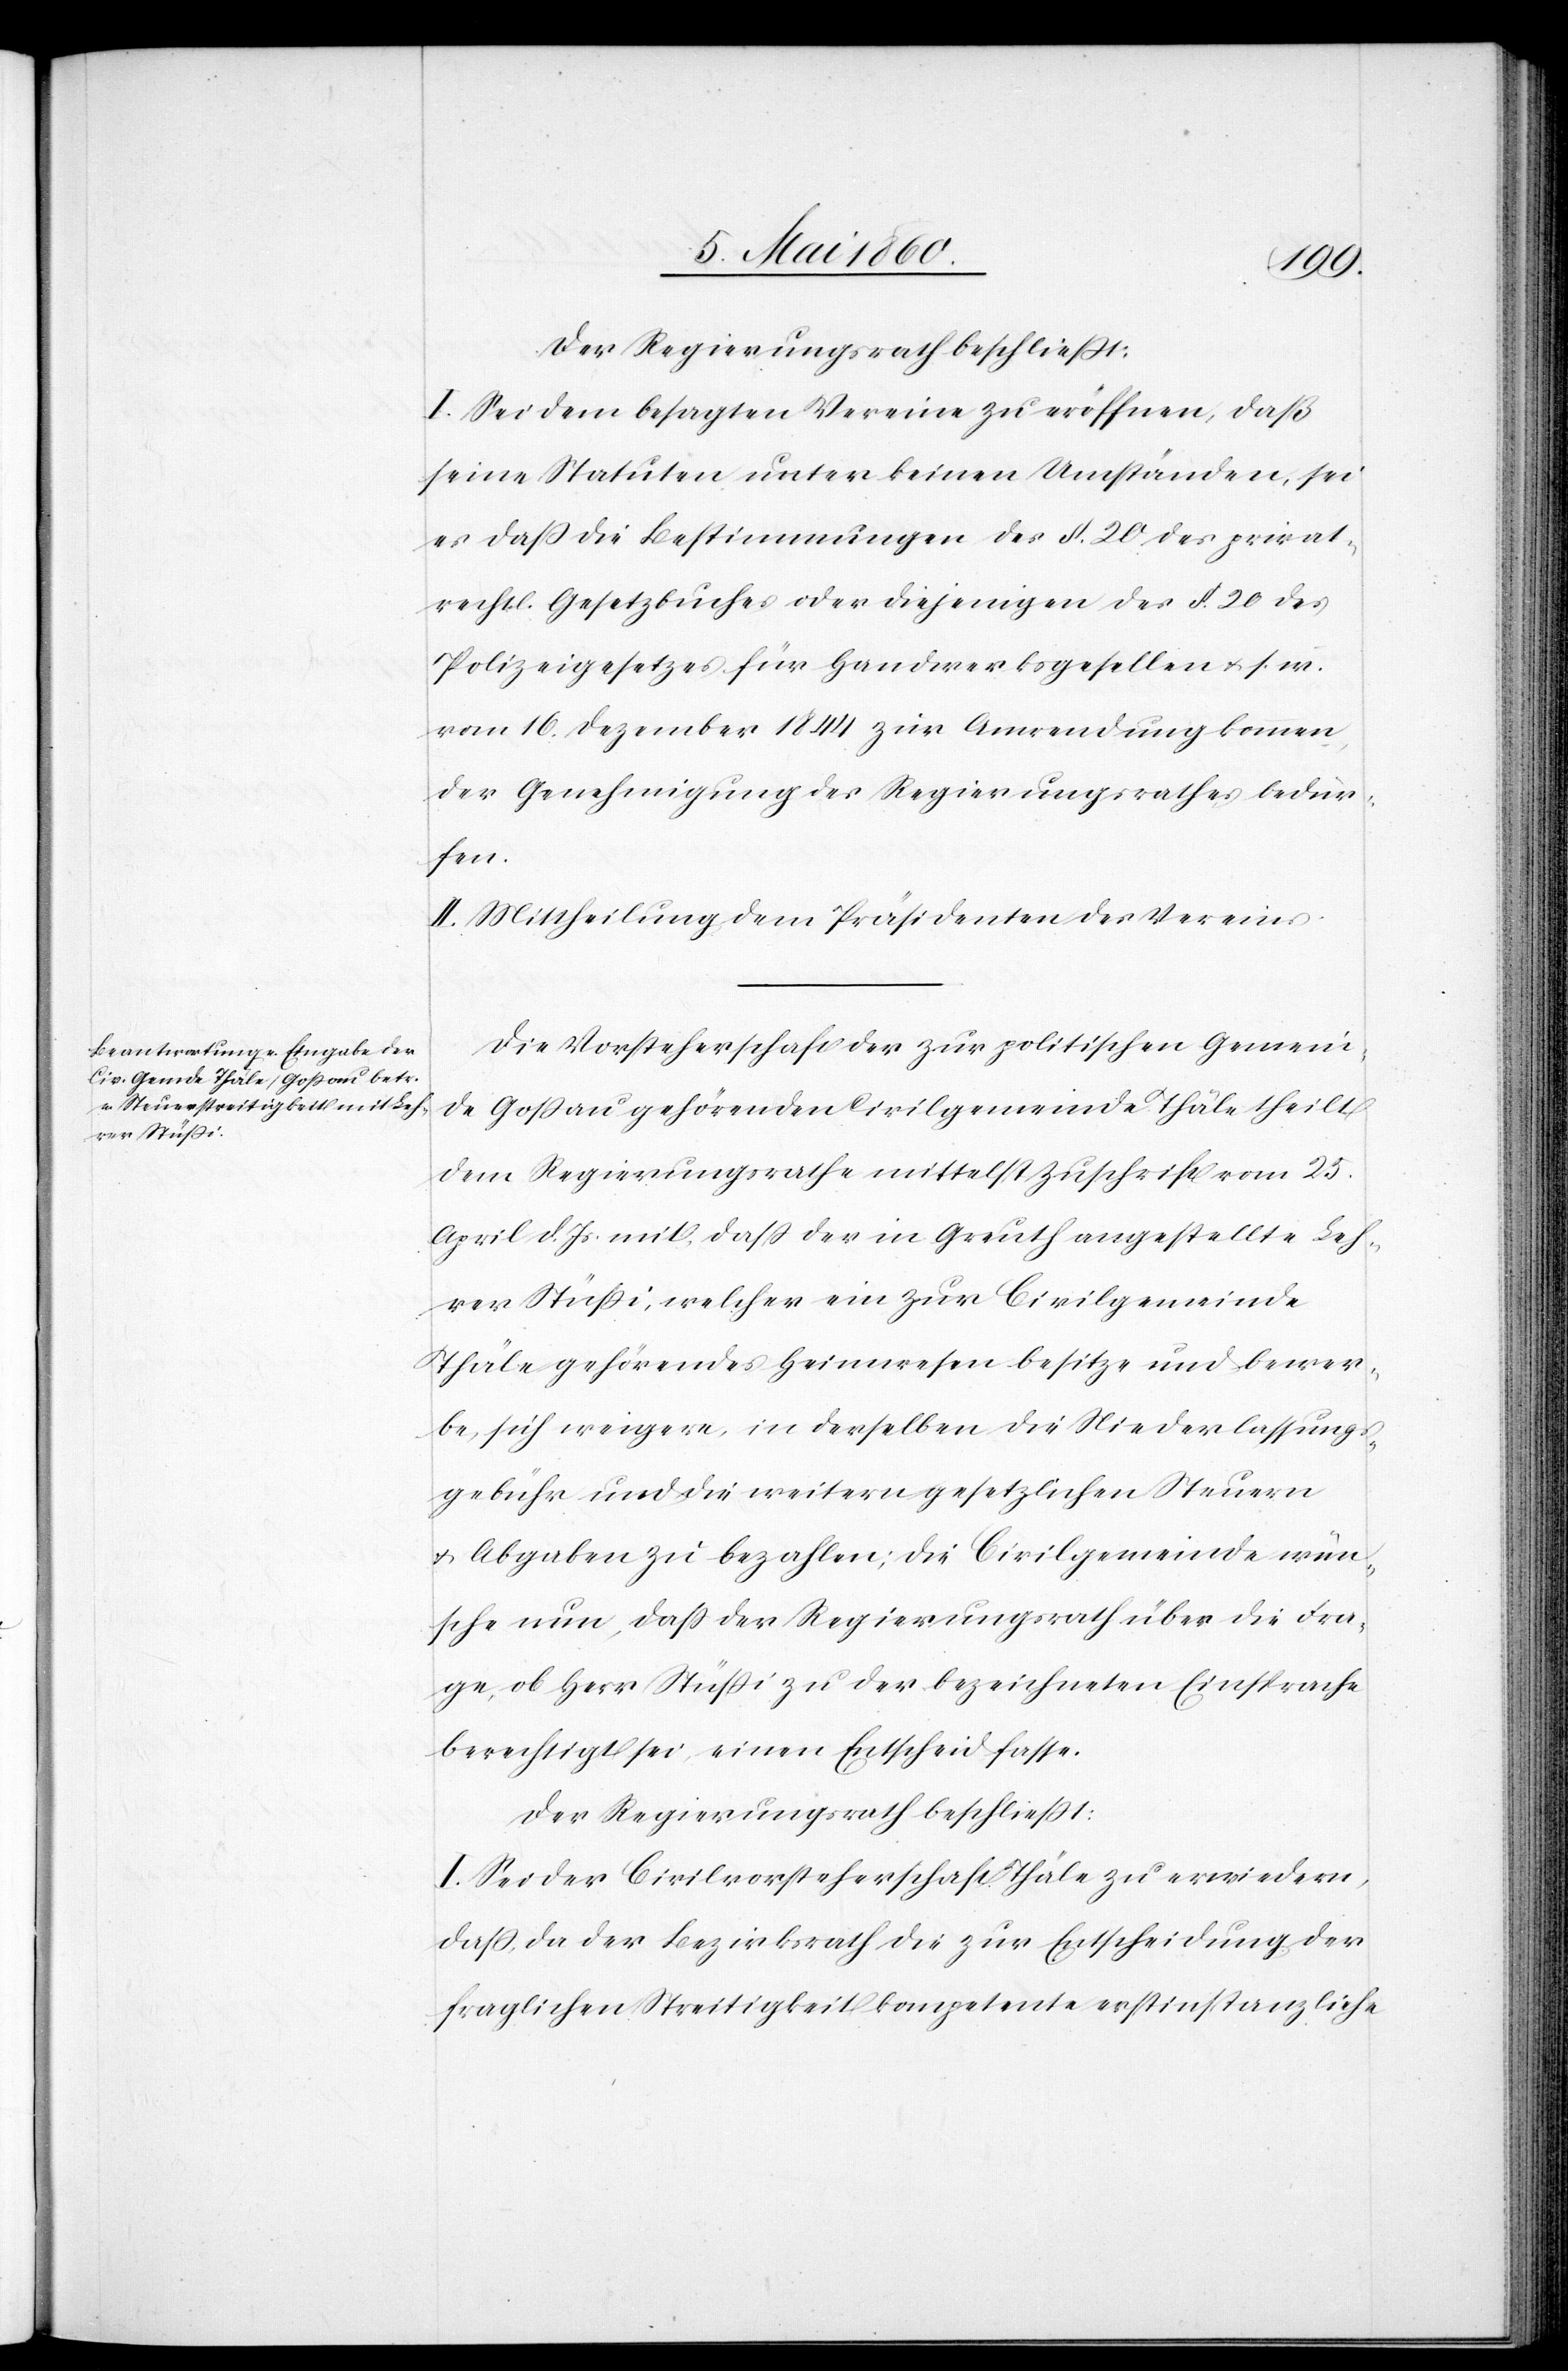
Der Regierungsrath beschliesst:
I. Sei dem besagten Verein zu eröffnen, dass
seine Statuten unter keinen Umständen, sei
es dass die Bestimmungen des §. 20. des privat¬
rechtl. Gesetzbuches oder diejenigen des §. 20. des
Polizeigesetzes für Handwerksgesellen u. s. w.
vom 16. Dezember 1844 zur Anwendung kommen,
der Genehmigung des Regierungsrathes bedür¬
fen.
II. Mittheilung dem Präsidenten des Vereines.
Die Vorsteherschaft der zur politischen Gemein¬
de Gossau gehörenden Civilgemeinde Thäle theilt
dem Regierungsrathe mittelst Zuschrift vom 25.
April d. Js. mit, dass der in Greuth angestellte Leh¬
rer Stüssi, welcher ein zur Civilgemeinde
Thäle gehörendes Heimwesen besitze und bewer¬
be, sich weigere, in derselben die Niederlassungs¬
gebühr und die weitern gesetzlichen Steuern
u. Abgaben zu bezahlen; die Civilgemeinde wün¬
sche nun, dass der Regierungsrath über die Fra¬
ge, ob Herr Stüssi zu der bezeichneten Einsprache
berechtigt sei, einen Entscheid fasse.
I. Sei der Civilvorsteherschaft Thäle zu erwiedern,
dass, da der Bezirksrath die zur Entscheidung der
fraglichen Streitigkeit kompetente erstinstanzliche